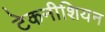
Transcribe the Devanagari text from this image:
टेकनीशियन